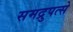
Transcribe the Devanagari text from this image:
समद्रुपत्से